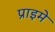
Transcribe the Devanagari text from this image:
प्राइमे